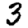
Digit: 3